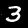
Digit: 3